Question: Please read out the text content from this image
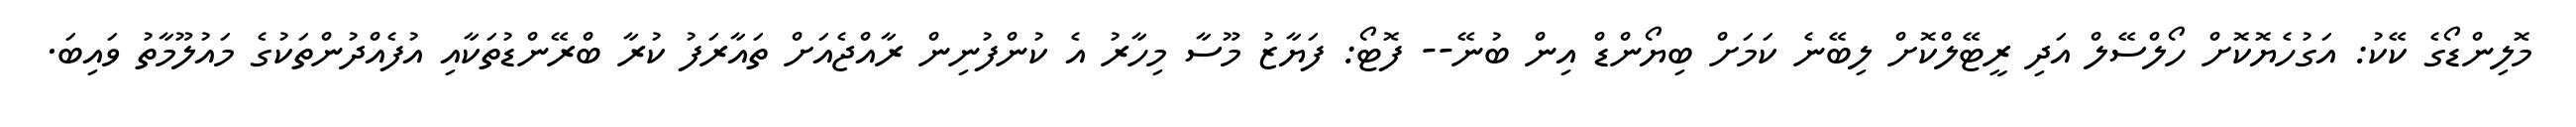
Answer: މޮލިންޑޯގެ ކޭކު: އަގުހެޔޮކޮށް ހޯލްސޭލް އަދި ރީޓޭލްކޮށް ލިބޭނެ ކަމަށް ބިޔޯންޑް އިން ބުނޭ-- ފޮޓޯ: ފަޔާޒު މޫސާ މިހާރު އެ ކުންފުނިން ރާއްޖެއަށް ތައާރަފު ކުރާ ބްރޭންޑުތަކާއި އުފެއްދުންތަކުގެ މައުލޫމާތު ވައިބަ.